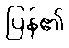
ပြန်၏